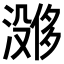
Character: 𪷔